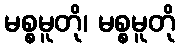
မစ္စမူတို၊ မစ္စမူတို